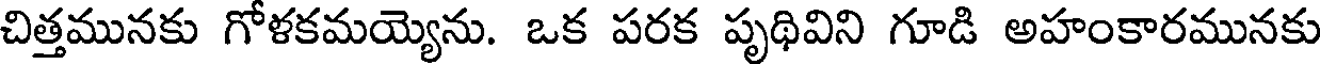
చిత్తమునకు గోళకమయ్యెను. ఒక పరక పృథివిని గూడి అహంకారమునకు